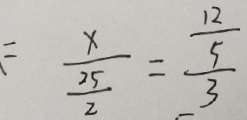
= \frac { x } { \frac { 2 5 } { 2 } } = \frac { \frac { 1 2 } { 5 } } { 3 }